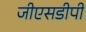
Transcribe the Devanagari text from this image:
जीएसडीपी